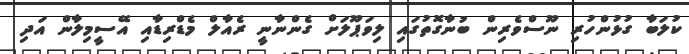
ކުލަބާ ގުޅުންހުރި ނޫސްވެރިން ބުނާގޮތުގައި ލިވަޕޫލަށް ގެންނާނީ ރެއާލް މެޑްރިޑާއި އޭސީމިލާން އަދި